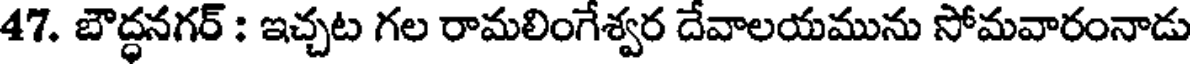
47. బౌద్ధనగర్ : ఇచ్చట గల రామలింగేశ్వర దేవాలయమును సోమవారంనాడు